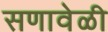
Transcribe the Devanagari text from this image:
सणावेळी